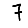
Digit: 7